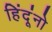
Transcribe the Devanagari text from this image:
हिंदूंनो